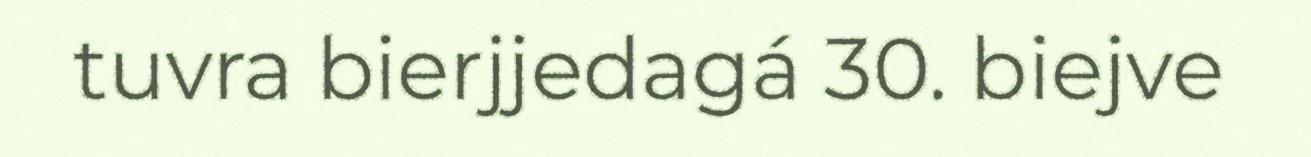
tuvra bierjjedagá 30. biejve